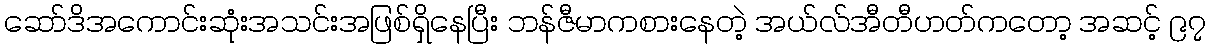
ဆော်ဒိအကောင်းဆုံးအသင်းအဖြစ်ရှိနေပြီး ဘန်ဇီမာကစားနေတဲ့ အယ်လ်အီတီဟတ်ကတော့ အဆင့် ၉၇